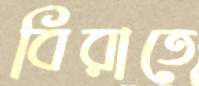
বিরাতে